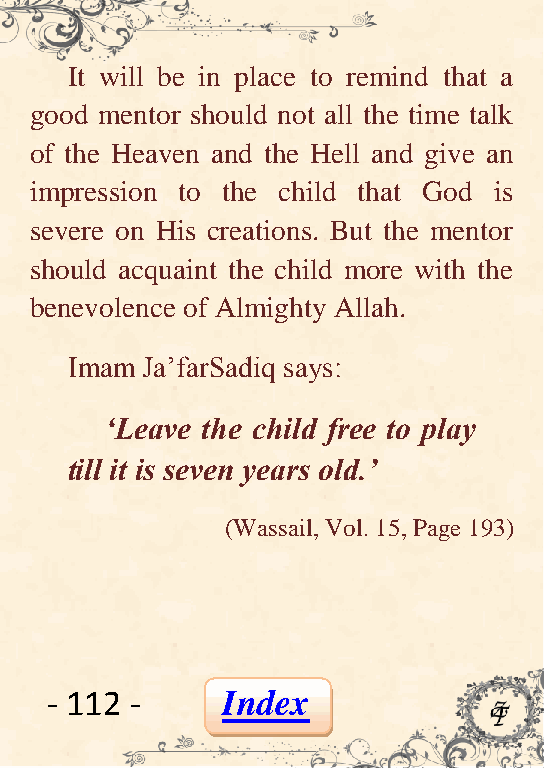
It will be in place to remind that a
 good mentor should not all the time talk
 of the Heaven and the Hell and give an
 impression to the child that God is
 severe on His creations. But the mentor
 should acquaint the child more with the
 benevolence of Almighty Allah.
 Imam Ja’farSadiq says:
 „Leave the child free to play
 till it is seven years old.‟
 (Wassail, Vol. 15, Page 193)
 - 112 -     Index